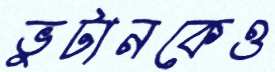
ভুটানকেও